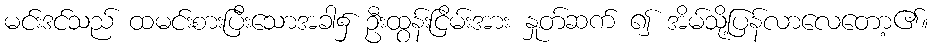
မင်းဒင်သည် ထမင်းစားပြီးသောအခါ၌ ဦးထွန်းငြိမ်းအား နှုတ်ဆက် ၍ အိမ်သို့ပြန်လာလေတော့၏။